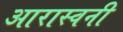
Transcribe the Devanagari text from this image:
आरास्वनी